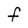
Character: f